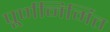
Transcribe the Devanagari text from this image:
पूर्णनिर्मित